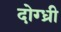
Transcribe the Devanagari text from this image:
दोग्ध्री